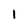
Character: 1